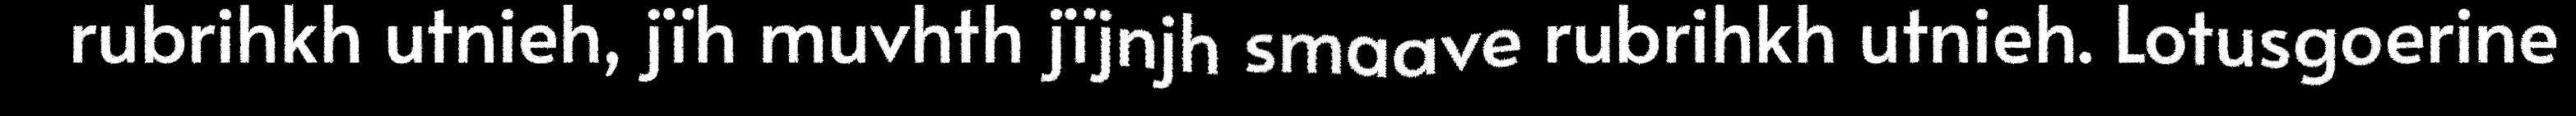
rubrihkh utnieh, jïh muvhth jïjnjh smaave rubrihkh utnieh. Lotusgoerine